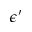
\epsilon ^ { \prime }